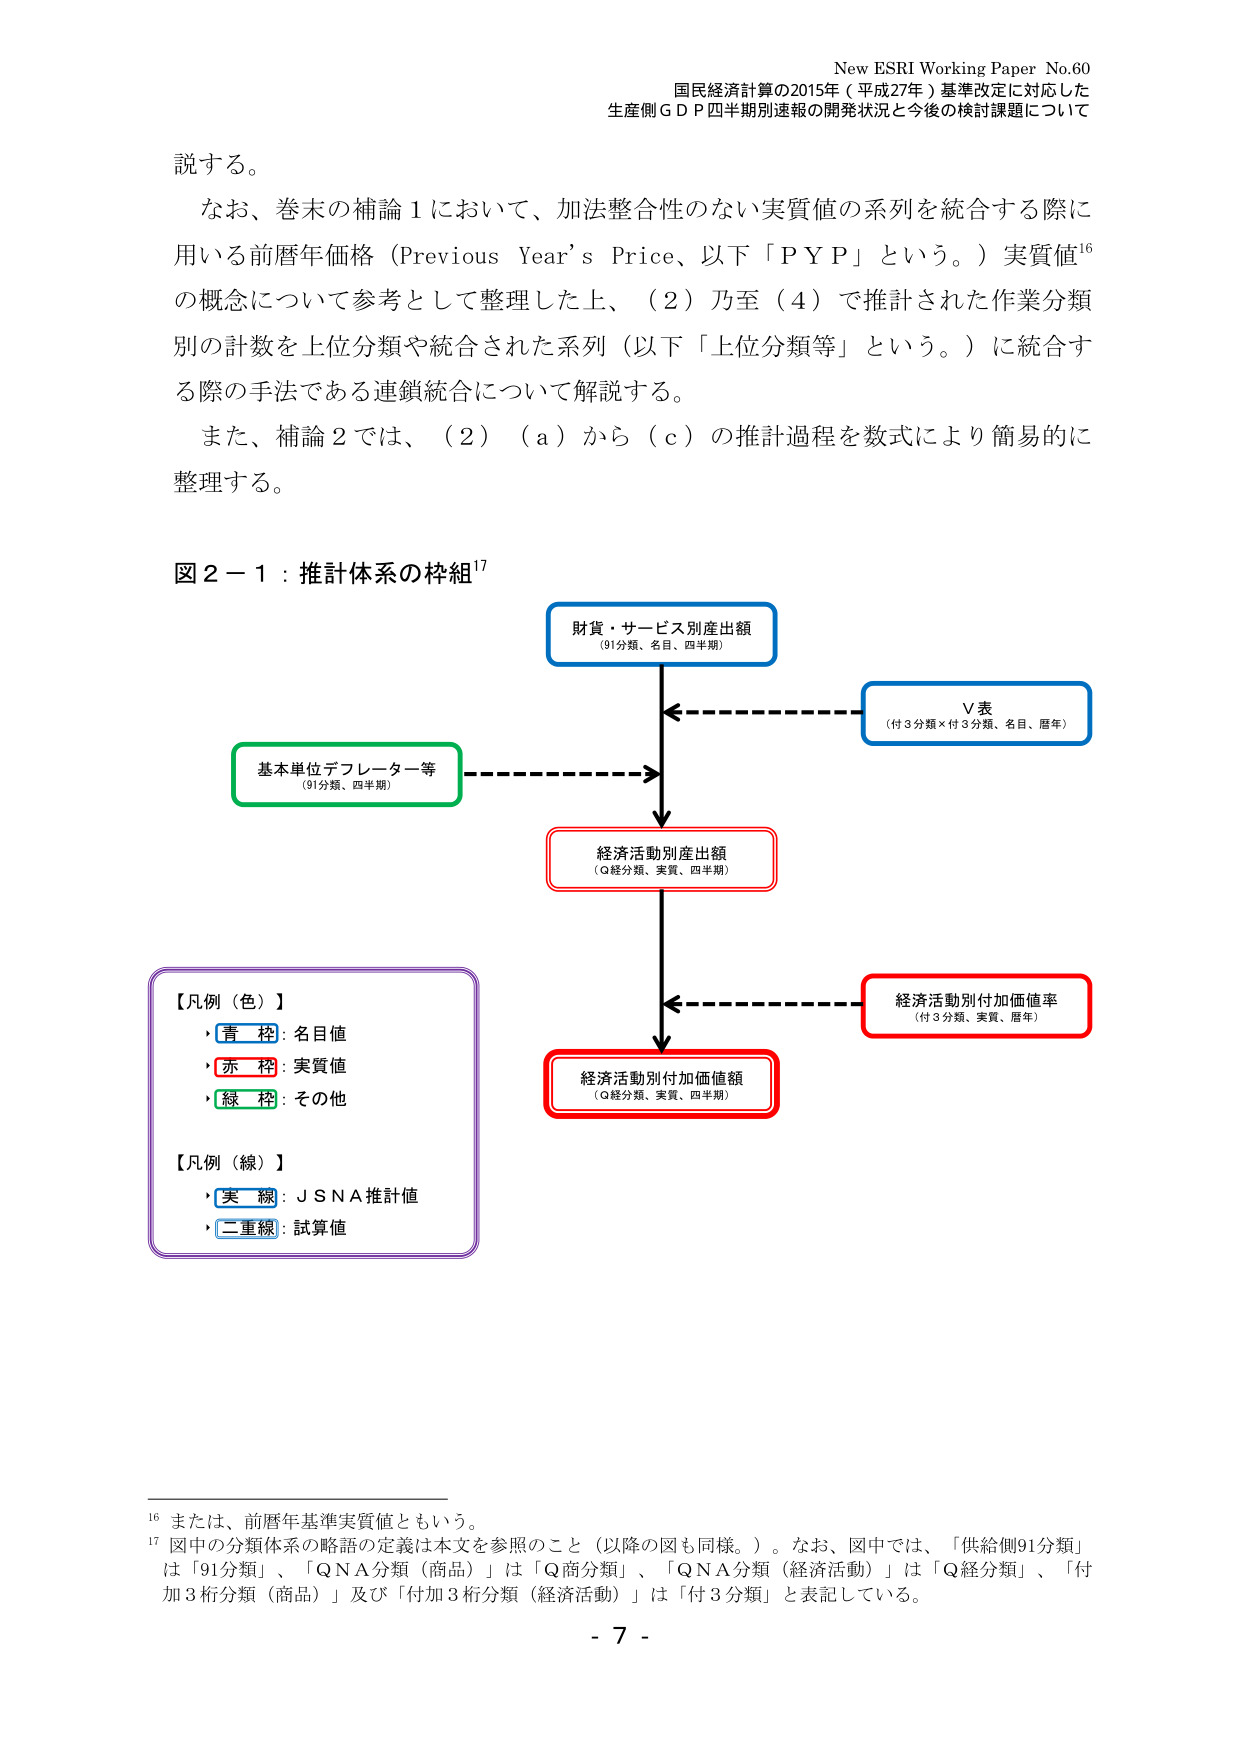
New ESRI Working Paper No.60
国民経済計算の2015年（平成27年）基準改定に対応した
生産側ＧＤＰ四半期別速報の開発状況と今後の検討課題について

説する。
なお、巻末の補論１において、加法整合性のない実質値の系列を統合する際に
用いる前暦年価格（Previous Year’s Price、以下「ＰＹＰ」という。）実質値¹⁶
の概念について参考として整理した上、（２）乃至（４）で推計された作業分類
別の計数を上位分類や統合された系列（以下「上位分類等」という。）に統合す
る際の手法である連鎖統合について解説する。
また、補論２では、（２）（ａ）から（ｃ）の推計過程を数式により簡易的に
整理する。

図２－１：推計体系の枠組¹⁷

【凡例（色）】
・青枠：名目値
・赤枠：実質値
・緑枠：その他

【凡例（線）】
・実線：ＪＳＮＡ推計値
・二重線：試算値

財貨・サービス別産出額
（91分類、名目、四半期）

Ｖ表
（付3分類×付3分類、名目、暦年）

基本単位デフレーター等
（91分類、四半期）

経済活動別産出額
（Ｑ経分類、実質、四半期）

経済活動別付加価値率
（付3分類、実質、暦年）

経済活動別付加価値額
（Ｑ経分類、実質、四半期）

¹⁶ または、前暦年基準実質値ともいう。
¹⁷ 図中の分類体系の略語の定義は本文を参照のこと（以降の図も同様。）。なお、図中では、「供給側91分類」
は「91分類」、「ＱＮＡ分類（商品）」は「Ｑ商分類」、「ＱＮＡ分類（経済活動）」は「Ｑ経分類」、「付
加3桁分類（商品）」及び「付加3桁分類（経済活動）」は「付3分類」と表記している。

- 7 -